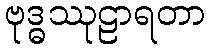
ဗုဒ္ဓဿုဠာရတာ